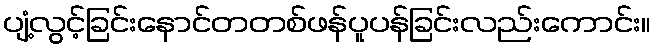
ပျံ့လွင့်ခြင်းနောင်တတစ်ဖန်ပူပန်ခြင်းလည်းကောင်း။